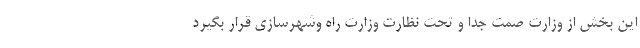
این بخش از وزارت صمت جدا و تحت نظارت وزارت راه ‌وشهرسازی قرار بگیرد